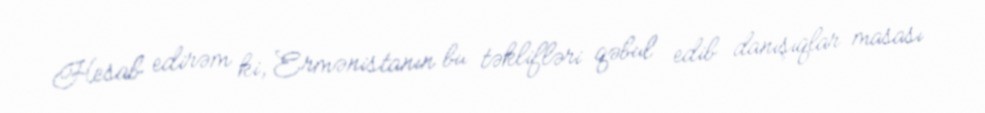
Hesab edirəm ki, Ermənistanın bu təklifləri qəbul edib danışıqlar masası